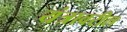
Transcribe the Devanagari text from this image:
यंत्रावरील